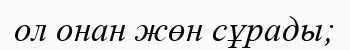
ол онан жөн сұрады;